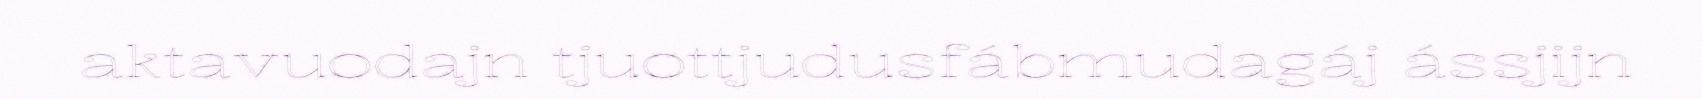
aktavuodajn tjuottjudusfábmudagáj ássjijn